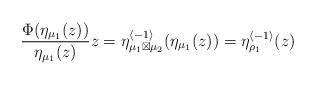
LaTeX: \begin{align*}\frac{\Phi(\eta_{\mu_{1}}(z))}{\eta_{\mu_{1}}(z)}z=\eta_{\mu_{1}\boxtimes\mu_{2}}^{\langle-1\rangle}(\eta_{\mu_{1}}(z))=\eta_{\rho_{1}}^{\langle-1\rangle}(z)\end{align*}